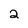
Character: 2